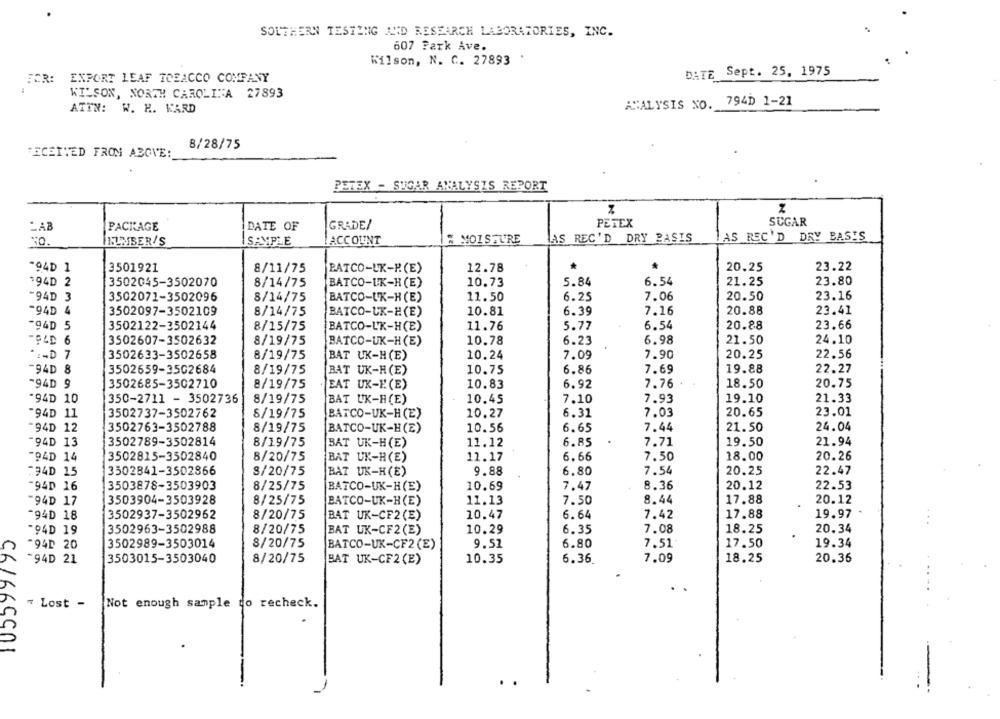
SOUTHERN TESTING AND RESEARCH LABORATORIES, INC.
607 Park Ave.
Wilson, N. C. 27893
EXPORT LEAF TOEACCO COMPANY
DATE Sept. 25, 1975
ECR:
WILSON, NORTH CAROLINA 27893
ANALYSIS NO.
794D 1-21
ATTN: W. R. WARD
8/28/75
RECEIVED FROM ABOVE:
PETEX - SUGAR ANALYSIS REPORT
SUGAR
LAB
PACKAGE
DATE OF
GRADE/
PETEX
AS REC'D DRY BASIS
IAS REC'D DRY BASIS
INUMBER/S
SAMPLE
ACCOUNT
& MOISTURE
23.22
-94D 1
3501921
8/11/75
PATCO-UK-P.(E)
12.78
20.25
23.80
$94D 2
3502045-3502070
8/14/75
BATCO-UK-H(E)
10.73
5.84
6.54
21.25
-94D 3
3502071-3502096
8/14/75
BATCO-UK-H(E)
11.50
6.25
7.06
20.50
23.16
7.16
20.88
23.41
-94D 4
3502097-3502109
8/14/75
BATCO-UK-H(E)
10.81
6.39
-94D 5
3502122-3502144
8/15/75
BATCO-L'K-H(E)
11.76
5.77
6.54
20.88
23.66
-PLD 6
3502607-3502632
8/19/75
BATCO-UK-H(E)
10.78
6.23
6.98
21.50
24.10
" :- D 7
3502633-3502658
8/19/75
BAT UK-H(E)
10.24
7.09
7.90
20.25
22.56
94D 8
3502659-3502684
8/19/75
BAT UK-H(E)
10.75
6.86
7.69
19.88
22.27
^94D 9
3502685-3502710
8/19/75
EAT UK-F(E)
10.83
6.92
7.76
18.50
20.75
"94D 10
350-2711 - 3502736
8/19/75
BAT UK-H(E)
10.45
7.10
7.93
19.10
21.33
"94D 11
3502737-3502762
8/19/75
BATCO-UK-H(E)
10.27
6.31
7.03
20.65
23.01
-94D 12
3502763-3502788
8/19/75
BATCO-UK-H(E)
10.56
6.65
7.44
21.50
24.04
-94D 13
3502789-3502814
8/19/75
BAT UK-H(E)
11.12
6.85
7.71
19.50
21.94
"94D 14
3502815-3502840
8/20/75
BAT UK-H(E)
11.17
6.66
7.50
18.00
20.26
:94D 15
3502841-3502866
8/20/75
BAT UK-H(E)
9.88
6.80
7.54
20.25
22.47
94D 16
3503878-3503903
8/25/75
BATCO-UK-H(E)
10.69
7.47
8.36
20.12
22.53
"94D 17
3503904-3503928
8/25/75
BATCO-UK-H(E)
11.13
7.50
8.44
17.88
20.12
"94D 18
3502937-3502962
8/20/75
BAT UK-CF2(E)
10.47
6.64
7.42
17.88
19.97
.94D 19
3502963-3502988
8/20/75
BAT UK-CF2(E)
10.29
6.35
7.08
18.25
20.34
"94D 20
3502989-3503014
8/20/75
BATCO-UK-CF2(E)
9.51
6.80
7.51
17.50
19.34
94D 21
3503015-3503040
8/20/75
BAT UK-CF2 (E)
10.35
6.36
7.09
18.25
20.36
* Lost -
Not enough sample to recheck.
961665901